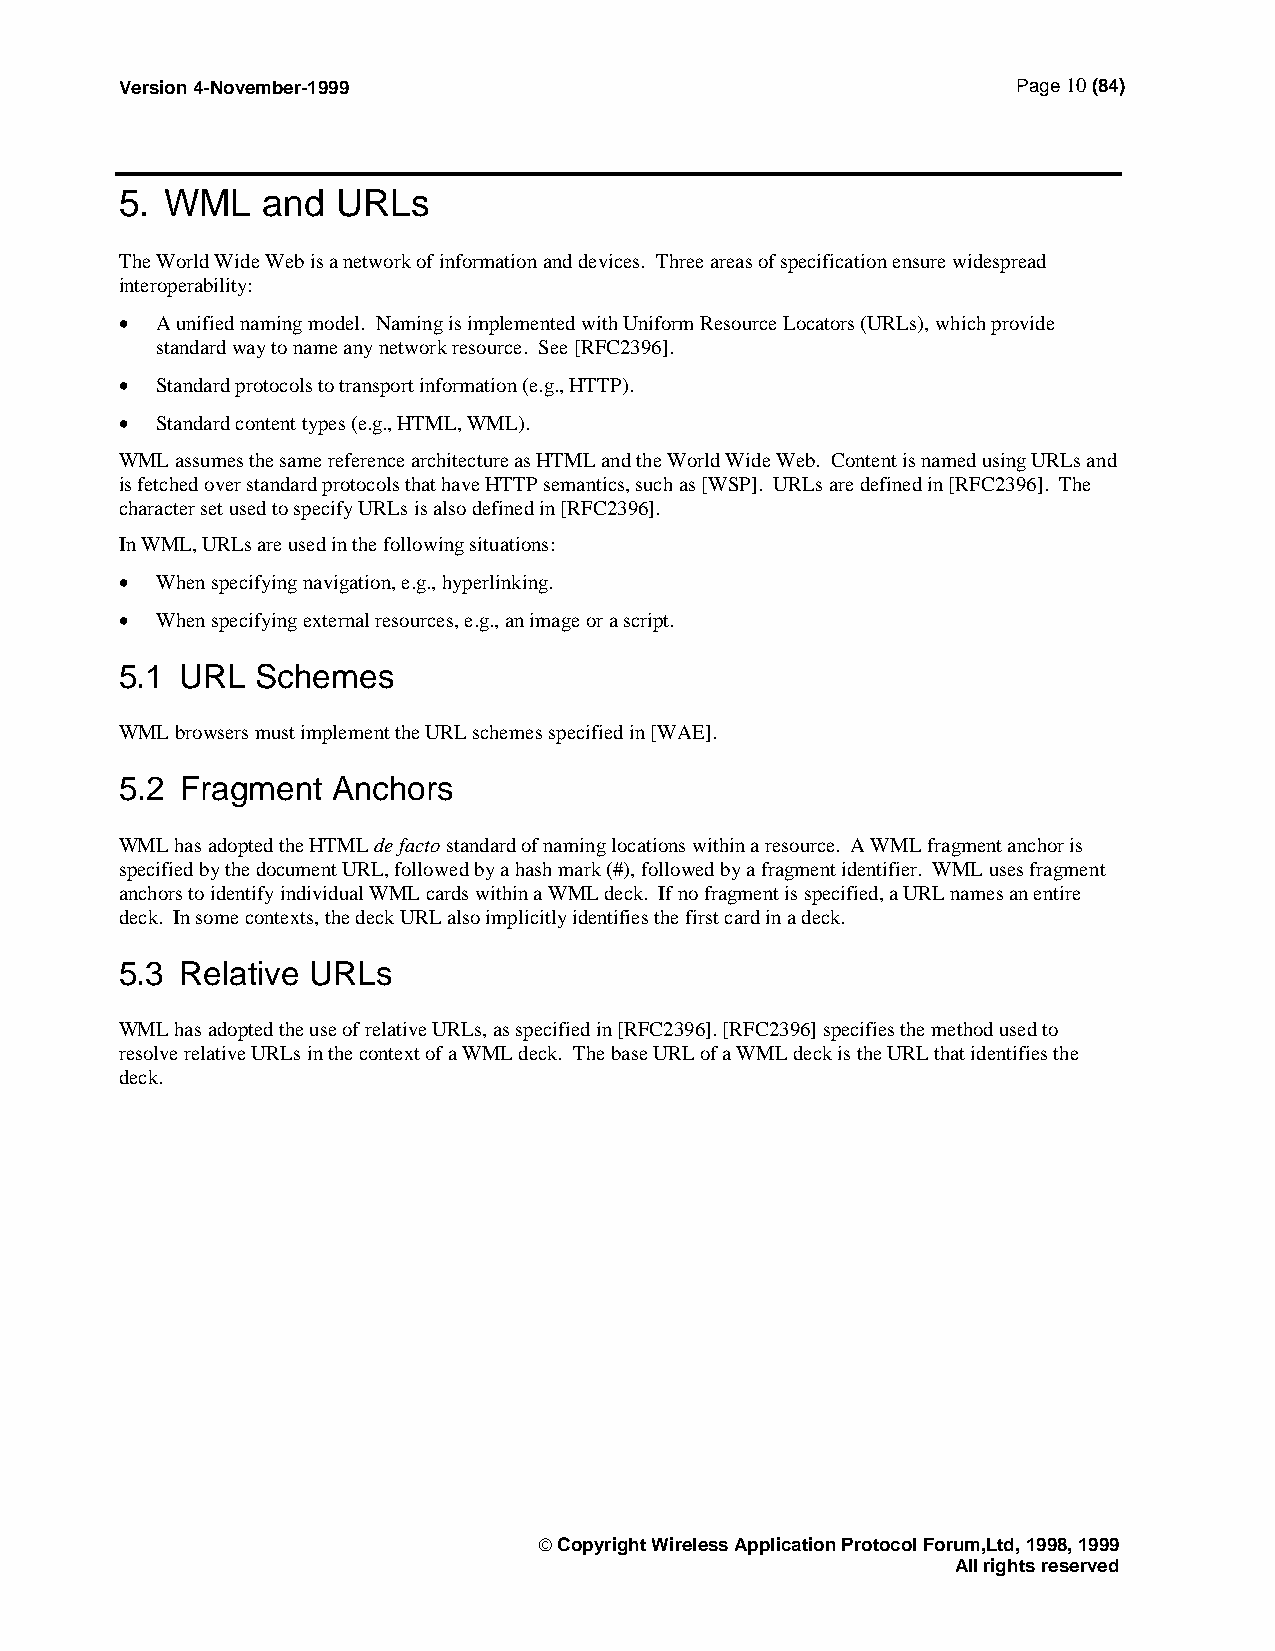
Version 4-November-1999                                    Page 10 (84)
 5. WML   and  URLs
 The World Wide Web is a network of information and devices. Three areas of specification ensure widespread
 interoperability:
 • A unified naming model. Naming is implemented with Uniform Resource Locators (URLs), which provide
 standard way to name any network resource. See [RFC2396].
 • Standard protocols to transport information (e.g., HTTP).
 • Standard content types (e.g., HTML, WML).
 WML assumes the same reference architecture as HTML and the World Wide Web. Content is named using URLs and
 is fetched over standard protocols that have HTTP semantics, such as [WSP]. URLs are defined in [RFC2396]. The
 character set used to specify URLs is also defined in [RFC2396].
 In WML, URLs are used in the following situations:
 • When specifying navigation, e.g., hyperlinking.
 • When specifying external resources, e.g., an image or a script.
 5.1 URL  Schemes
 WML browsers must implement the URL schemes specified in [WAE].
 5.2 Fragment  Anchors
 WML has adopted the HTML de facto standard of naming locations within a resource. A WML fragment anchor is
 specified by the document URL, followed by a hash mark (#), followed by a fragment identifier. WML uses fragment
 anchors to identify individual WML cards within a WML deck. If no fragment is specified, a URL names an entire
 deck. In some contexts, the deck URL also implicitly identifies the first card in a deck.
 5.3 Relative URLs
 WML has adopted the use of relative URLs, as specified in [RFC2396]. [RFC2396] specifies the method used to
 resolve relative URLs in the context of a WML deck. The base URL of a WML deck is the URL that identifies the
 deck.
  Copyright Wireless Application Protocol Forum,Ltd, 1998, 1999
 All rights reserved